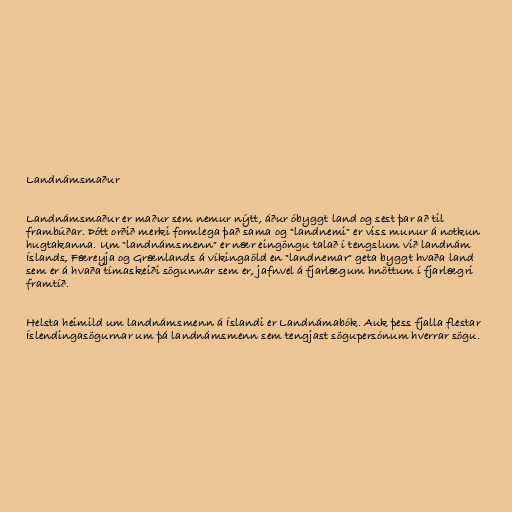
Landnámsmaður

Landnámsmaður er maður sem nemur nýtt, áður óbyggt land og sest þar að til
frambúðar. Þótt orðið merki formlega það sama og "landnemi" er viss munur á notkun
hugtakanna. Um "landnámsmenn" er nær eingöngu talað í tengslum við landnám
Íslands, Færeyja og Grænlands á víkingaöld en "landnemar" geta byggt hvaða land
sem er á hvaða tímaskeiði sögunnar sem er, jafnvel á fjarlægum hnöttum í fjarlægri
framtíð.

Helsta heimild um landnámsmenn á Íslandi er Landnámabók. Auk þess fjalla flestar
Íslendingasögurnar um þá landnámsmenn sem tengjast sögupersónum hverrar sögu.